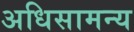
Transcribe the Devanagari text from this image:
अधिसामन्य